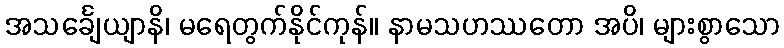
အသင်္ချေယျာနိ၊ မရေတွက်နိုင်ကုန်။ နာမသဟဿတော အပိ၊ များစွာသော